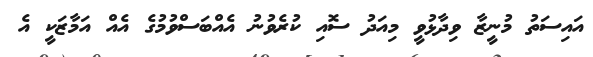
އައިސަތު މުނީޒާ ވިދާޅުވީ މިއަދު ސޮއި ކުރެވުނު އެއްބަސްވުމުގެ އެއް އަމާޒަކީ އެ